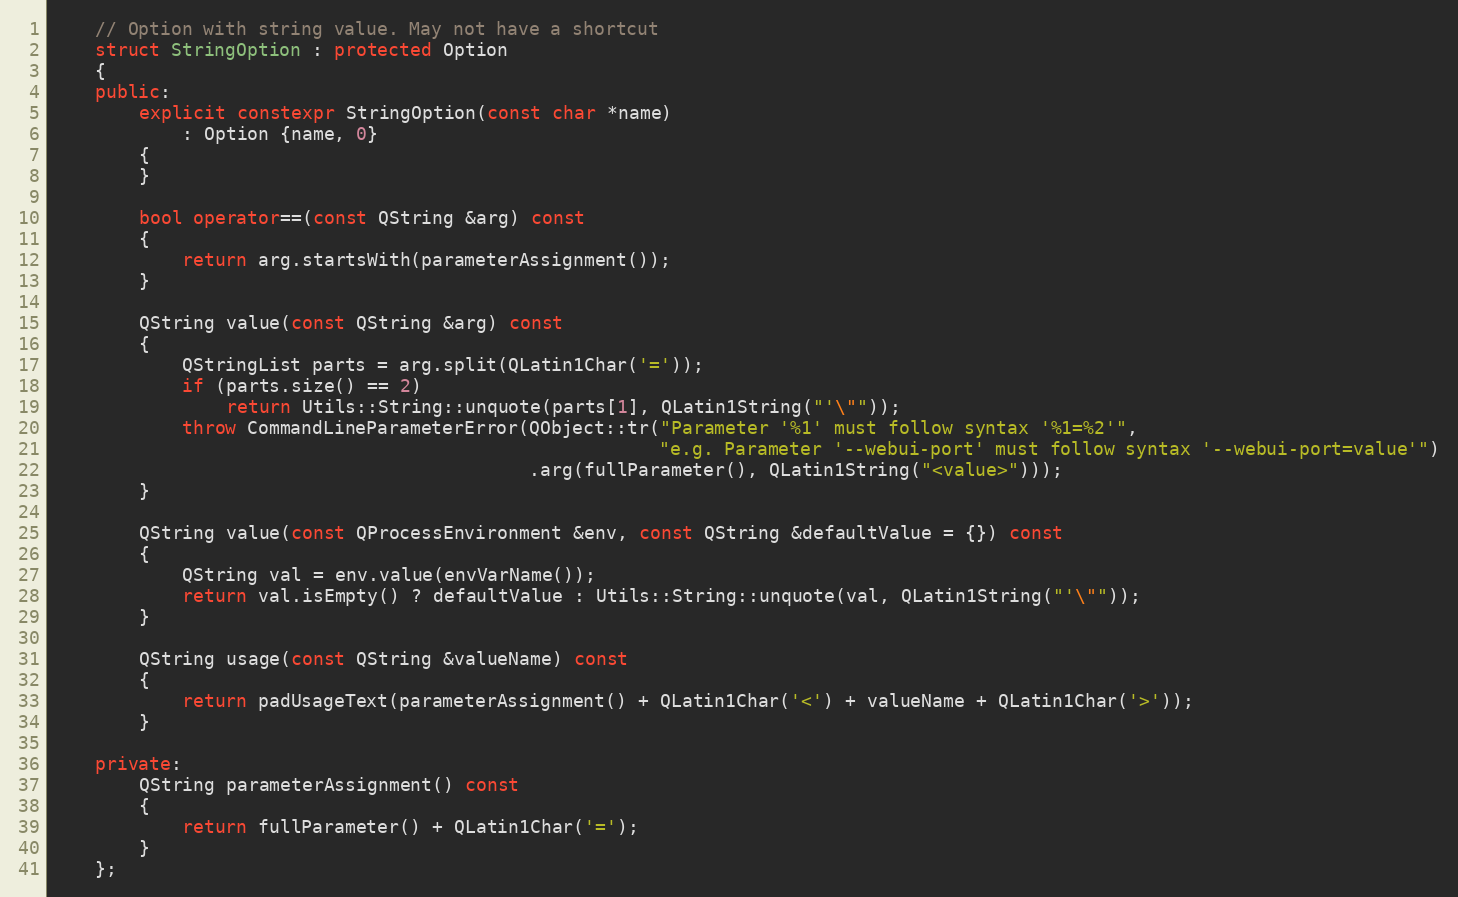
Language: C++
    // Option with string value. May not have a shortcut
    struct StringOption : protected Option
    {
    public:
        explicit constexpr StringOption(const char *name)
            : Option {name, 0}
        {
        }

        bool operator==(const QString &arg) const
        {
            return arg.startsWith(parameterAssignment());
        }

        QString value(const QString &arg) const
        {
            QStringList parts = arg.split(QLatin1Char('='));
            if (parts.size() == 2)
                return Utils::String::unquote(parts[1], QLatin1String("'\""));
            throw CommandLineParameterError(QObject::tr("Parameter '%1' must follow syntax '%1=%2'",
                                                        "e.g. Parameter '--webui-port' must follow syntax '--webui-port=value'")
                                            .arg(fullParameter(), QLatin1String("<value>")));
        }

        QString value(const QProcessEnvironment &env, const QString &defaultValue = {}) const
        {
            QString val = env.value(envVarName());
            return val.isEmpty() ? defaultValue : Utils::String::unquote(val, QLatin1String("'\""));
        }

        QString usage(const QString &valueName) const
        {
            return padUsageText(parameterAssignment() + QLatin1Char('<') + valueName + QLatin1Char('>'));
        }

    private:
        QString parameterAssignment() const
        {
            return fullParameter() + QLatin1Char('=');
        }
    };